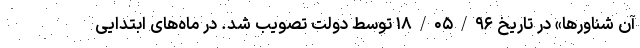
آن شناورها» در تاریخ ۱۸/۰۵/۹۶ توسط دولت تصویب شد. در ماه‌های ابتدایی